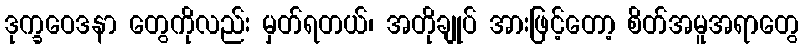
ဒုက္ခဝေဒနာ တွေကိုလည်း မှတ်ရတယ်၊ အတိုချုပ် အားဖြင့်တော့ စိတ်အမူအရာတွေ